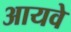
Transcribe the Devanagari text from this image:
आयवे